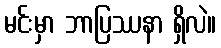
မင်းမှာ ဘာပြဿနာ ရှိလဲ။